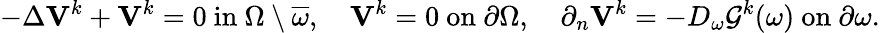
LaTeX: -\Delta\boldsymbol{\mathbf{V}}^{k}+\boldsymbol{\mathbf{V}}^{k}=0\ \mathrm{in}\ \Omega\setminus\overline{{\omega}},\quad\boldsymbol{\mathbf{V}}^{k}=0\ \mathrm{on}\ \partial\Omega,\quad\partial_{n}\boldsymbol{\mathbf{V}}^{k}=-D_{\omega}\mathcal{G}^{k}(\omega)\ \mathrm{on}\ \partial\omega.